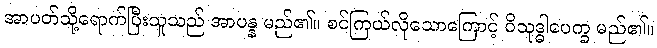
အာပတ်သို့ရောက်ပြီးသူသည် အာပန္န မည်၏။ စင်ကြယ်လိုသောကြောင့် ဝိသုဒ္ဓါပေက္ခ မည်၏။